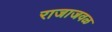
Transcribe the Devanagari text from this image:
राजाजवळ